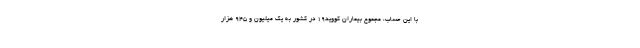
با این حساب، مجموع بیماران کووید۱۹ در کشور به یک میلیون و ۹۴۵ هزار